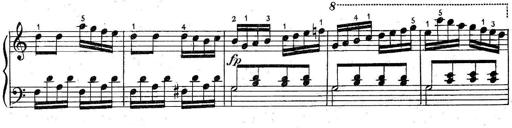
Title: 6 Easy Sonatinas
Composer: Carl Czerny